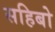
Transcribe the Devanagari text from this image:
सहिबो